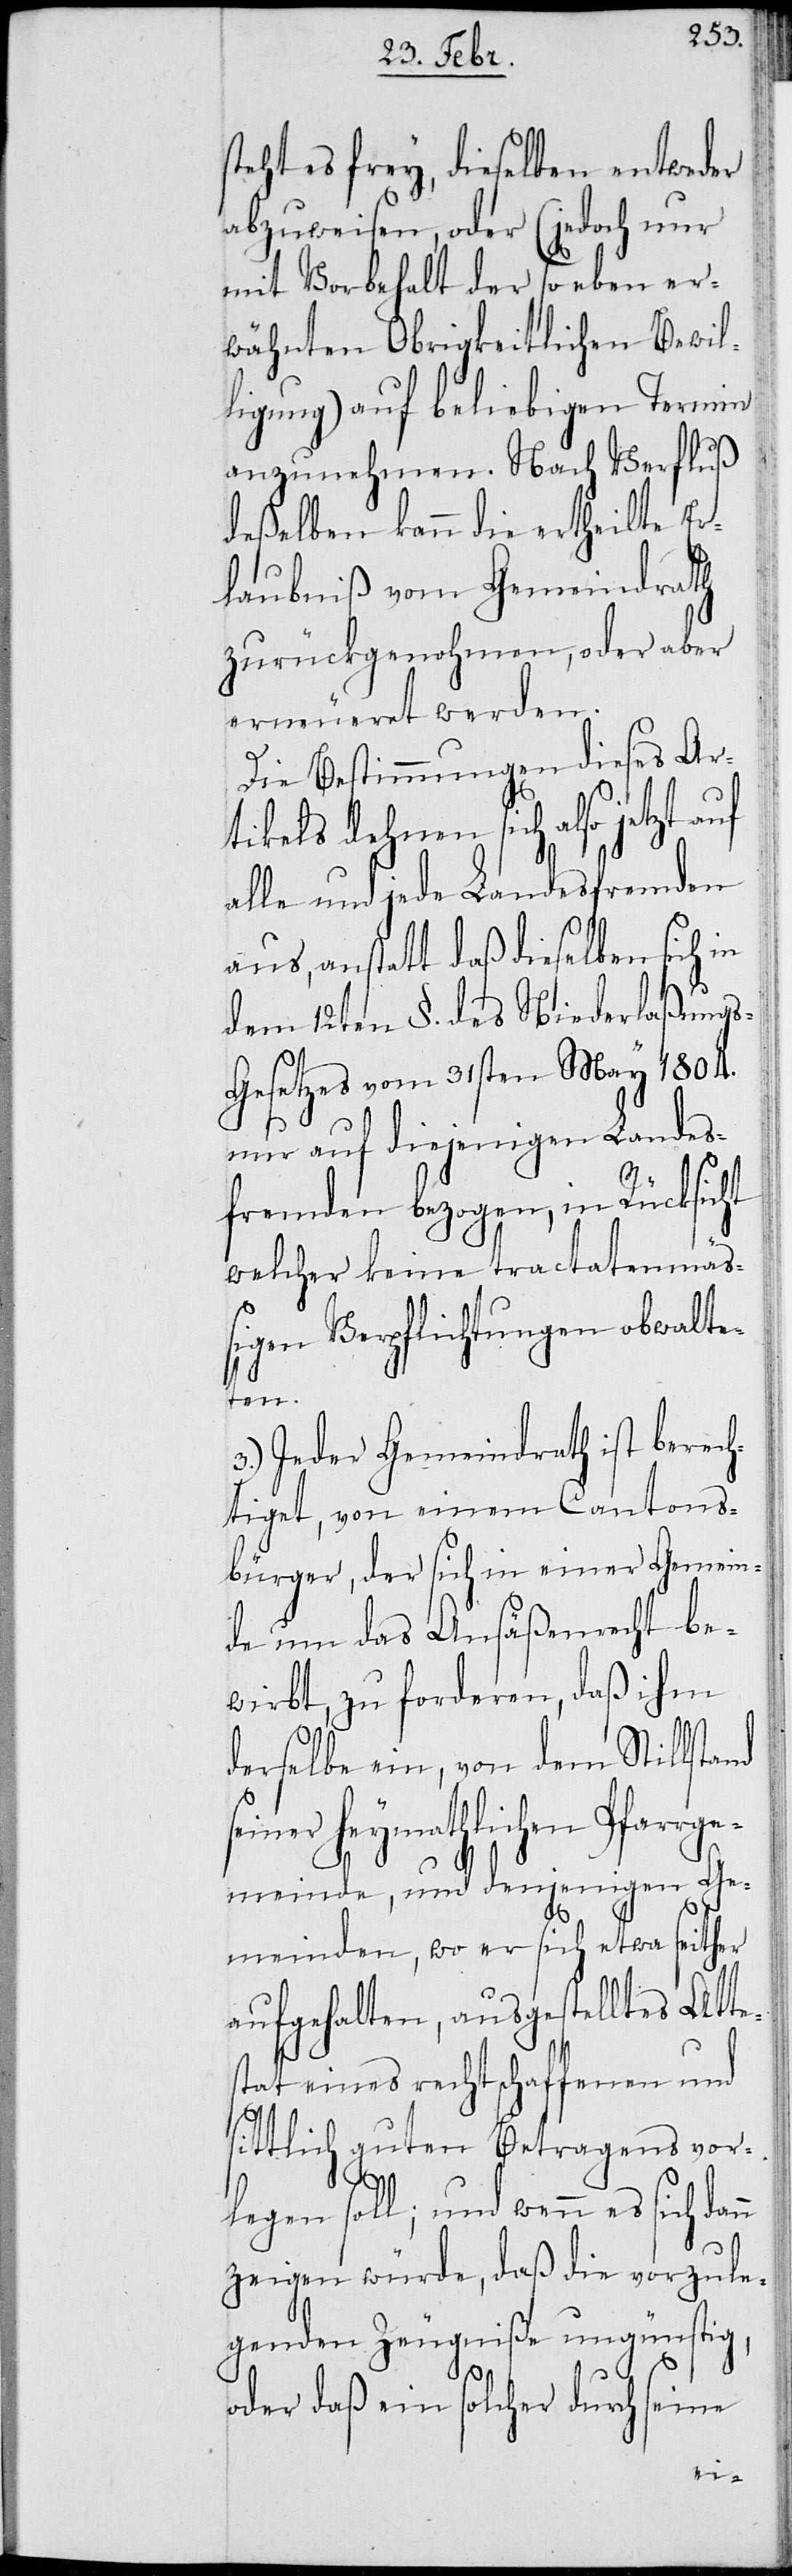
steht es frey, dieselben entweder
abzuweisen, oder (jedoch nur
mit Vorbehalt der so eben er¬
wähnten Obrigkeitlichen Bewil¬
ligung) auf beliebigen Termin
anzunehmen. Nach Verfluß
deßelben kann die ertheilte Er¬
laubniß vom Gemeindrath
zurückgenohmen, oder aber
erneueret werden.
Die Bestimmungen dieses Ar¬
tikels dehnen sich also jetzt
alle und jede Landesfremden
aus, anstatt daß dieselben sich in
dem 12ten §. des Niederlaßungs¬
gesetzes vom 31sten May 1804.
nur auf diejenigen Landes¬
fremden bezogen, in Rücksicht
welcher keine tractatenmäß¬
igen Verpflichtungen obwalte¬
n
3.) Jeder Gemeindrath ist berech¬
tiget, von einem Cantons¬
bürger, der sich in einer Gemein¬
de um das Ansäßenrecht be¬
wirbt, zu forderen, daß ihm
derselbe ein, von dem Stillsta¬
einer heymathlichen Pfarr¬
gemeinde, und denjenigen Ge¬
meinden, wo er sich etwa seither
aufgehalten, ausgestelltes Atte¬
stat eines rechtschaffenen und
sittlich guten Betragens vor¬
legen soll; und wenn es sich dan¬
zeigen würde, daß diese vorzule¬
genden Zeugniße ungünstig,
oder daß ein solcher durch seine
nd s¬